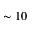
\sim 1 0